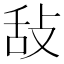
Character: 𢼤